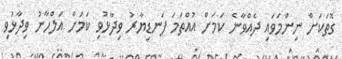
ގޮތަކަށް ނިންމަވައި ދެއްވާނެ ކަމަށް އުއްތަމަ ފަނޑިޔާރު ވިދާޅުވި ކަމަށް އަލްހާނު ވިދާޅުވި